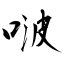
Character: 啵